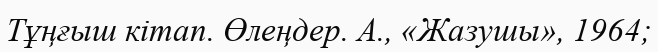
Тұңғыш кітап. Өлеңдер. А., «Жазушы», 1964;